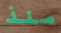
منذ